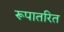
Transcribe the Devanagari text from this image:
रूपातरित